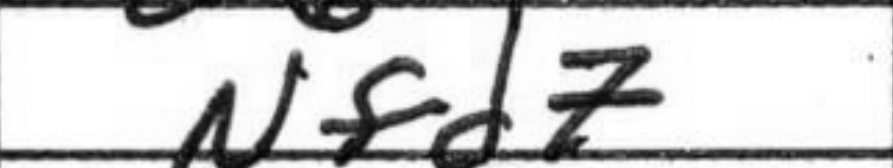
Transcription: Nfd7